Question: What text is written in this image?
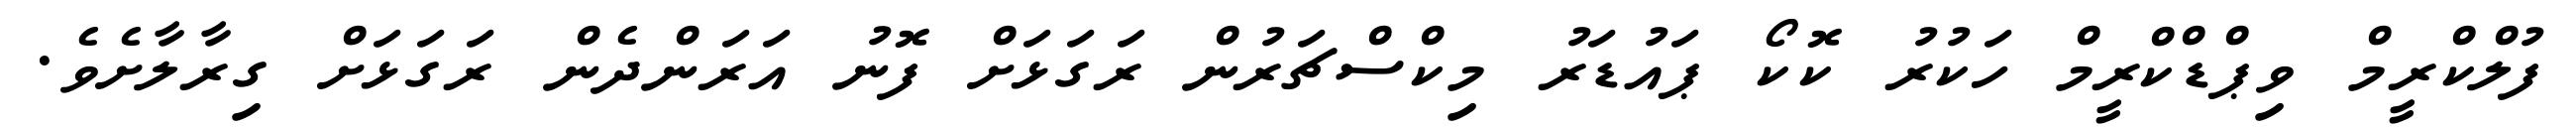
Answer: ފުލްކްރީމް ވިޕްޑްކްރީމް ހަކުރު ކޮކޯ ޕައުޑަރު މިކްސްޗަރުން ރަގަޅަށް ފޮނު އަރަންދެން ރަގަޅަށް ގިރާލާށެވެ.